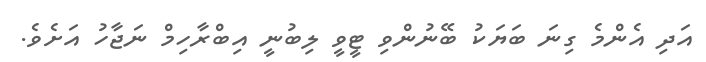
އަދި އެންމެ ގިނަ ބަޔަކު ބޭނުންވި ޓީވީ ލިބުނީ އިބްރާހިމް ނަޖާހު އަށެވެ.